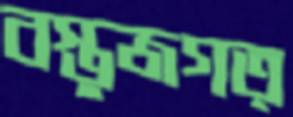
বস্তুজগত্